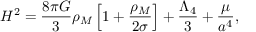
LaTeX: H ^ { 2 } = \frac { 8 \pi G } { 3 } \rho _ { M } \left[ 1 + \frac { \rho _ { M } } { 2 \sigma } \right] + \frac { \Lambda _ { 4 } } { 3 } + \frac { \mu } { a ^ { 4 } } ,